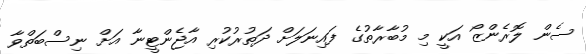
ސެން ލޮރެންޒޯ އަކީ މި މުބާރާތުގެ ފައިނަލަށް ދަތުރުކުރި އާޖެންޓީނާ އަށް ނިސްބަތްވާ